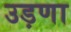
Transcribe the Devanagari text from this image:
उड़णा